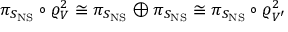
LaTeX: \pi _ { S _ { \mathrm { N S } } } \circ \varrho _ { V } ^ { 2 } \cong \pi _ { S _ { \mathrm { N S } } } \oplus \pi _ { S _ { \mathrm { N S } } } \cong \pi _ { S _ { \mathrm { N S } } } \circ \varrho _ { V ^ { \prime } } ^ { 2 }